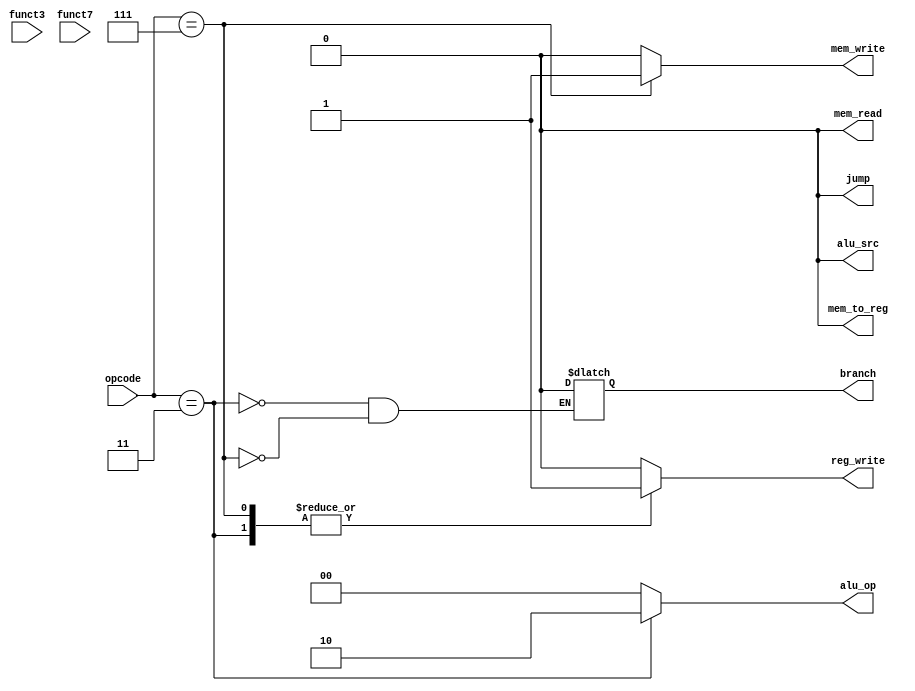
module Control_Unit(
  input [6:0] opcode,
  input [2:0] funct3,
  input [6:0] funct7,

  output [1:0] alu_op,
  output jump,
         branch,
         mem_read,
         mem_write,
         alu_src,
         mem_to_reg,
         reg_write);


always @(*)
begin
  case(opcode) 
    4'b0010011:  // I-Type
      begin
        alu_src = 1'b0;
        mem_to_reg = 1'b0;
        reg_write = 1'b1;
        mem_read = 1'b0;
        mem_write = 1'b0;
        branch = 1'b0;
        alu_op = 2'b10;
        jump = 1'b0;   
      end
    4'b0010111:  // auipc
      begin
        alu_src = 1'b0;
        mem_to_reg = 1'b0;
        reg_write = 1'b1;
        mem_read = 1'b0;
        mem_write = 1'b1;
        branch = 1'b0;
        alu_op = 2'b00;
        jump = 1'b0;   
      end
    default:
      begin
        reg_write = 1'b0;
        alu_src = 1'b0;
        mem_to_reg = 1'b0;
        reg_write = 1'b0;
        mem_read = 1'b0;
        mem_write = 1'b0;
        beq = 1'b0;
        bne = 1'b0;
        alu_op = 2'b00;
        jump = 1'b0; 
      end
  endcase
end

endmodule